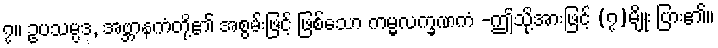
၇။ ဥပသမ္ပဒ, အဗ္ဘာနကံတို့၏ အစွမ်းဖြင့် ဖြစ်သော ကမ္မလက္ခဏကံ -ဤသို့အားဖြင့် (၇)မျိုး ပြား၏။